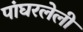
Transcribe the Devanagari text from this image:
पांघरलेली